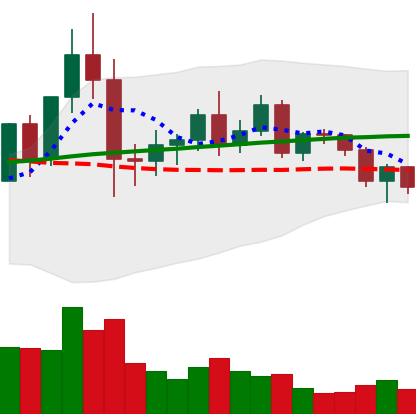
Ticker: NEO-USD
Chart end date: 2020-12-10
Forward return: 5.229%
Label: up_5_7